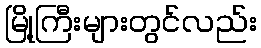
မြို့ကြီးများတွင်လည်း